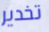
تخدير